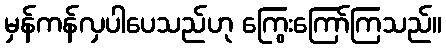
မှန်ကန်လှပါပေသည်ဟု ကြွေးကြော်ကြသည်။